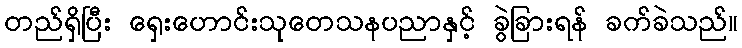
တည်ရှိပြီး ရှေးဟောင်းသုတေသနပညာနှင့် ခွဲခြားရန် ခက်ခဲသည်။